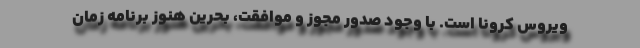
ویروس کرونا است. با وجود صدور مجوز و موافقت، بحرین هنوز برنامه زمان